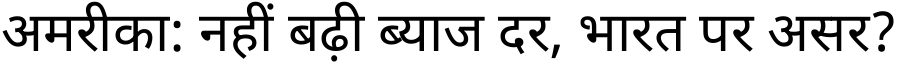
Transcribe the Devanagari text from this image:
अमरीका: नहीं बढ़ी ब्याज दर, भारत पर असर?